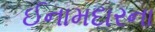
ઈનામદારના